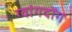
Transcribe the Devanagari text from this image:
ग्वांगदोंग